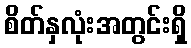
စိတ်နှလုံးအတွင်းရှိ